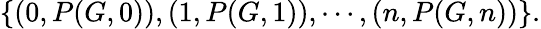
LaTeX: \left\{ (0,P(G,0)),(1,P(G,1)),\cdots,(n,P(G,n))\right\} .